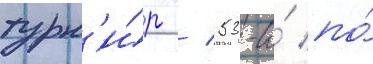
турн'и́р / 53-и́ по́